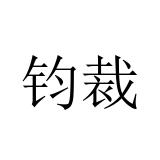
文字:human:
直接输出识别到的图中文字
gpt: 钧裁